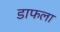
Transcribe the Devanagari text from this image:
डाफला